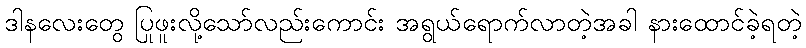
ဒါနလေးတွေ ပြုဖူးလို့သော်လည်းကောင်း အရွယ်ရောက်လာတဲ့အခါ နားထောင်ခဲ့ရတဲ့